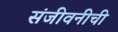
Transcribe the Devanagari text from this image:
संजीवनीची